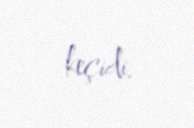
keçidi.